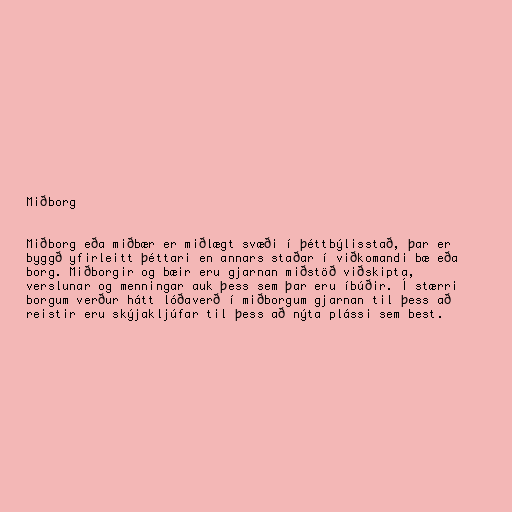
Miðborg

Miðborg eða miðbær er miðlægt svæði í þéttbýlisstað, þar er
byggð yfirleitt þéttari en annars staðar í viðkomandi bæ eða
borg. Miðborgir og bæir eru gjarnan miðstöð viðskipta,
verslunar og menningar auk þess sem þar eru íbúðir. Í stærri
borgum verður hátt lóðaverð í miðborgum gjarnan til þess að
reistir eru skýjakljúfar til þess að nýta plássi sem best.